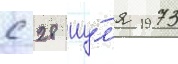
с 28 иу́л'я 1973